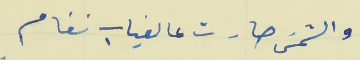
والشمسَ صارت عالغياب نغام